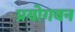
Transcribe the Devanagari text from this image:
प्रयोगवन